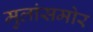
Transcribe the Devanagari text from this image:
मुलांसमोर